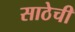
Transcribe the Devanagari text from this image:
साठेची